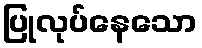
ပြုလုပ်နေသော